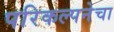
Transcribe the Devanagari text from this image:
परिकल्पनेचा